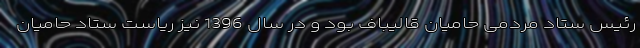
رئیس ستاد مردمی حامیان قالیباف بود و در سال 1396 نیز ریاست ستاد حامیان